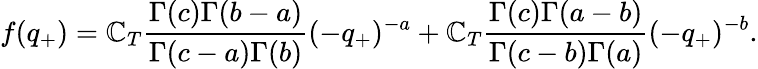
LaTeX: f(q_{+})=\mathbb{C}_{T}\frac{{\Gamma(c)\Gamma(b-a)}}{{\Gamma(c-a)\Gamma(b)}}(-q_{+})^{-a}+\mathbb{C}_{T}\frac{{\Gamma(c)\Gamma(a-b)}}{{\Gamma(c-b)\Gamma(a)}}(-q_{+})^{-b}.